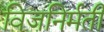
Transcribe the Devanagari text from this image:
विजनिर्मती